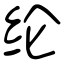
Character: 纶